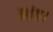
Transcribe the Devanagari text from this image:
नांव।